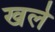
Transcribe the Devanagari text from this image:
खले